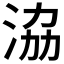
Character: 𣴚